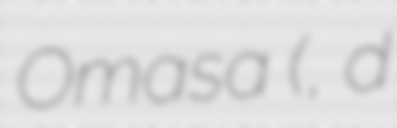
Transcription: Omasa (於まさ, d